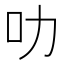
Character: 叻